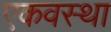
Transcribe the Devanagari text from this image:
एकवस्था